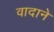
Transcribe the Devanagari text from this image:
वादाने